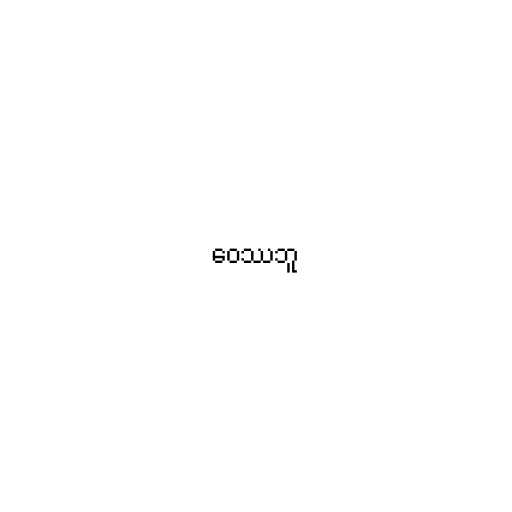
ဝေဿဘူ